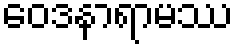
ဝေဒနာရာမဿ